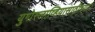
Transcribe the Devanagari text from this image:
युगोस्लाव्हियासाठीच्या